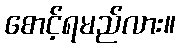
စောင့်ရမည်လား။